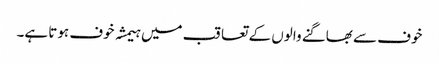
خوف سے بھاگنے والوں کے تعاقب میں ہیمشہ خوف ہوتا ہے۔